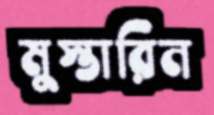
মুস্তারিন